Document type: Sale
Year: 1323
Scribe: Guillem Coscoll
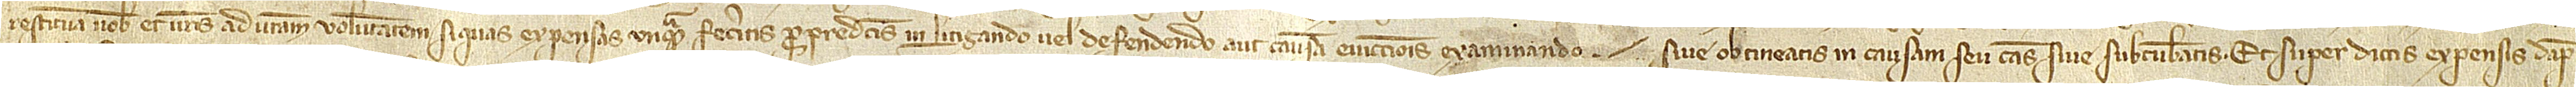
restituam vobis et vestris ad vestram voluntatem si quas expensas unquam feceritis pro predictis in litigando vel defendendo aut causam eviccionis examinando  sive obtineatis in causam seu causas sive subcumbatis. Et super dictis expensis, damp-